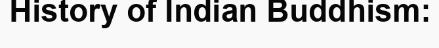
History of Indian Buddhism: